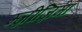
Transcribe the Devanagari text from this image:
म्ज़ीज़िमा